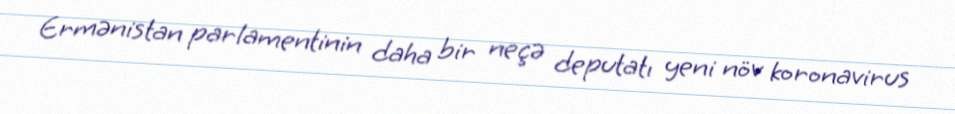
Ermənistan parlamentinin daha bir neçə deputatı yeni növ koronavirus